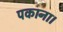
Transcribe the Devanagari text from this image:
पकाना।